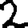
Digit: 2